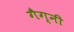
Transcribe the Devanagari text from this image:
गैग्नी